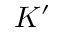
K ^ { \prime }